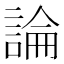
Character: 論